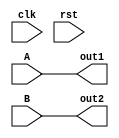


////////////////////////////////////////////////////////////////////////////////////////////////////////
//
// Institution   : Bandung Institute of Technology
//
// Module Name   : output_layer
// Project Name  : LSI Design Contest in Okinawa 2018
// Target Devices: Neural Network
// Tool versions : Vivado 2016.4
//
// Description: 
// 		Performing addition for 4 input values
// 
// Input:
//  	A : 16 bit signed : First Value
//  	B : 16 bit signed : Second Value 
//  	C : 16 bit signed : Third Value 
//  	D : 16 bit signed : Fourth Value 
//
// Output:
//  	out : 16 bit signed : Result 
//
// Revision: 
// Revision 0.01 - File Created
// Additional Comments: Addtion using operator +
//
///////////////////////////////////////////////////////////////////////////////////////////////////////

module input_layer(clk, rst, A, B, out1, out2);

parameter DWIDTH=32;
parameter frac=24;
input clk, rst;
input signed [DWIDTH-1:0] A, B;
output signed [DWIDTH-1:0] out1, out2;
assign out1 = A;
assign out2 = B;
endmodule